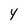
Character: Y